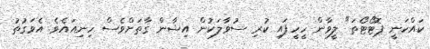
ކައްކަނީ ޕޮޓޯޓޯތަ" ލީވާން ހީހީފައި ކުރި ސުވާލަކުން އިޝާން ގާތަށްވެސް ހިނިއައެވެ. އެވަގުތު